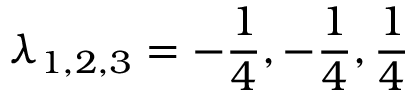
\lambda _ { 1 , 2 , 3 } = - \frac { 1 } { 4 } , - \frac { 1 } { 4 } , \frac { 1 } { 4 }